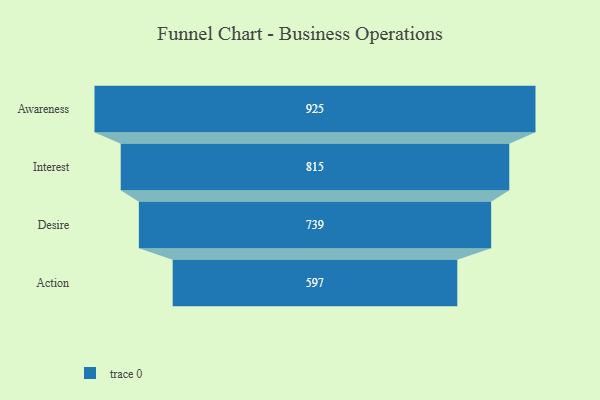
{"axis": {"x": "Stage", "y": "Value"}, "legend": [""], "data": [{"x": "Awareness", "y": 925.0, "type": ""}, {"x": "Interest", "y": 815.0, "type": ""}, {"x": "Desire", "y": 739.0, "type": ""}, {"x": "Action", "y": 597.0, "type": ""}]}